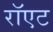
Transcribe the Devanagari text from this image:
रॉएट